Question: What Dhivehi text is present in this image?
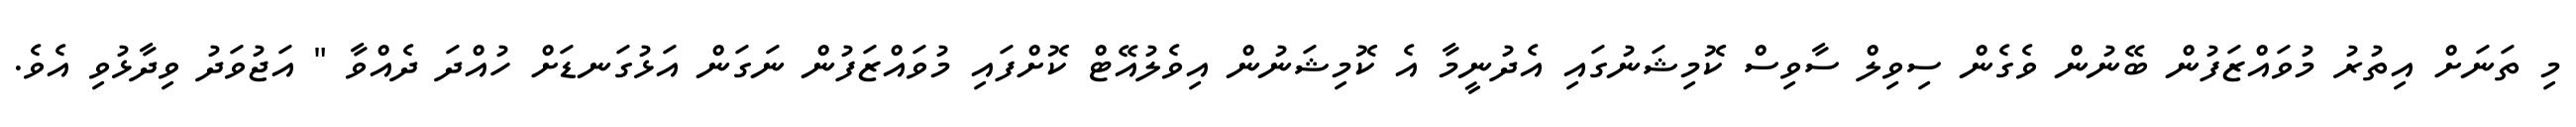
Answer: މި ތަނަށް އިތުރު މުވައްޒަފުން ބޭނުން ވެގެން ސިވިލް ސާވިސް ކޮމިޝަނުގައި އެދުނީމާ އެ ކޮމިޝަނުން އިވެލުއޭޓް ކޮށްފައި މުވައްޒަފުން ނަގަން އަޅުގަނޑަށް ހުއްދަ ދެއްވާ " އަޖުވަދު ވިދާޅުވި އެވެ.